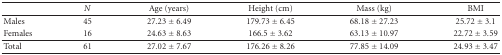
|  | N | Age (years) | Height (cm) | Mass (kg) | BMI |
 | --- | --- | --- | --- | --- | --- |
 | Males | 45 | 27.23 ± 6.49 | 179.73 ± 6.45 | 68.18 ± 27.23 | 25.72 ± 3.1 |
 | Females | 16 | 24.63 ± 8.63 | 166.5 ± 3.62 | 63.13 ± 10.97 | 22.72 ± 3.59 |
 | Total | 61 | 27.02 ± 7.67 | 176.26 ± 8.26 | 77.85 ± 14.09 | 24.93 ± 3.47 |